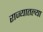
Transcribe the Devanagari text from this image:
राज्‍यातल्‍या